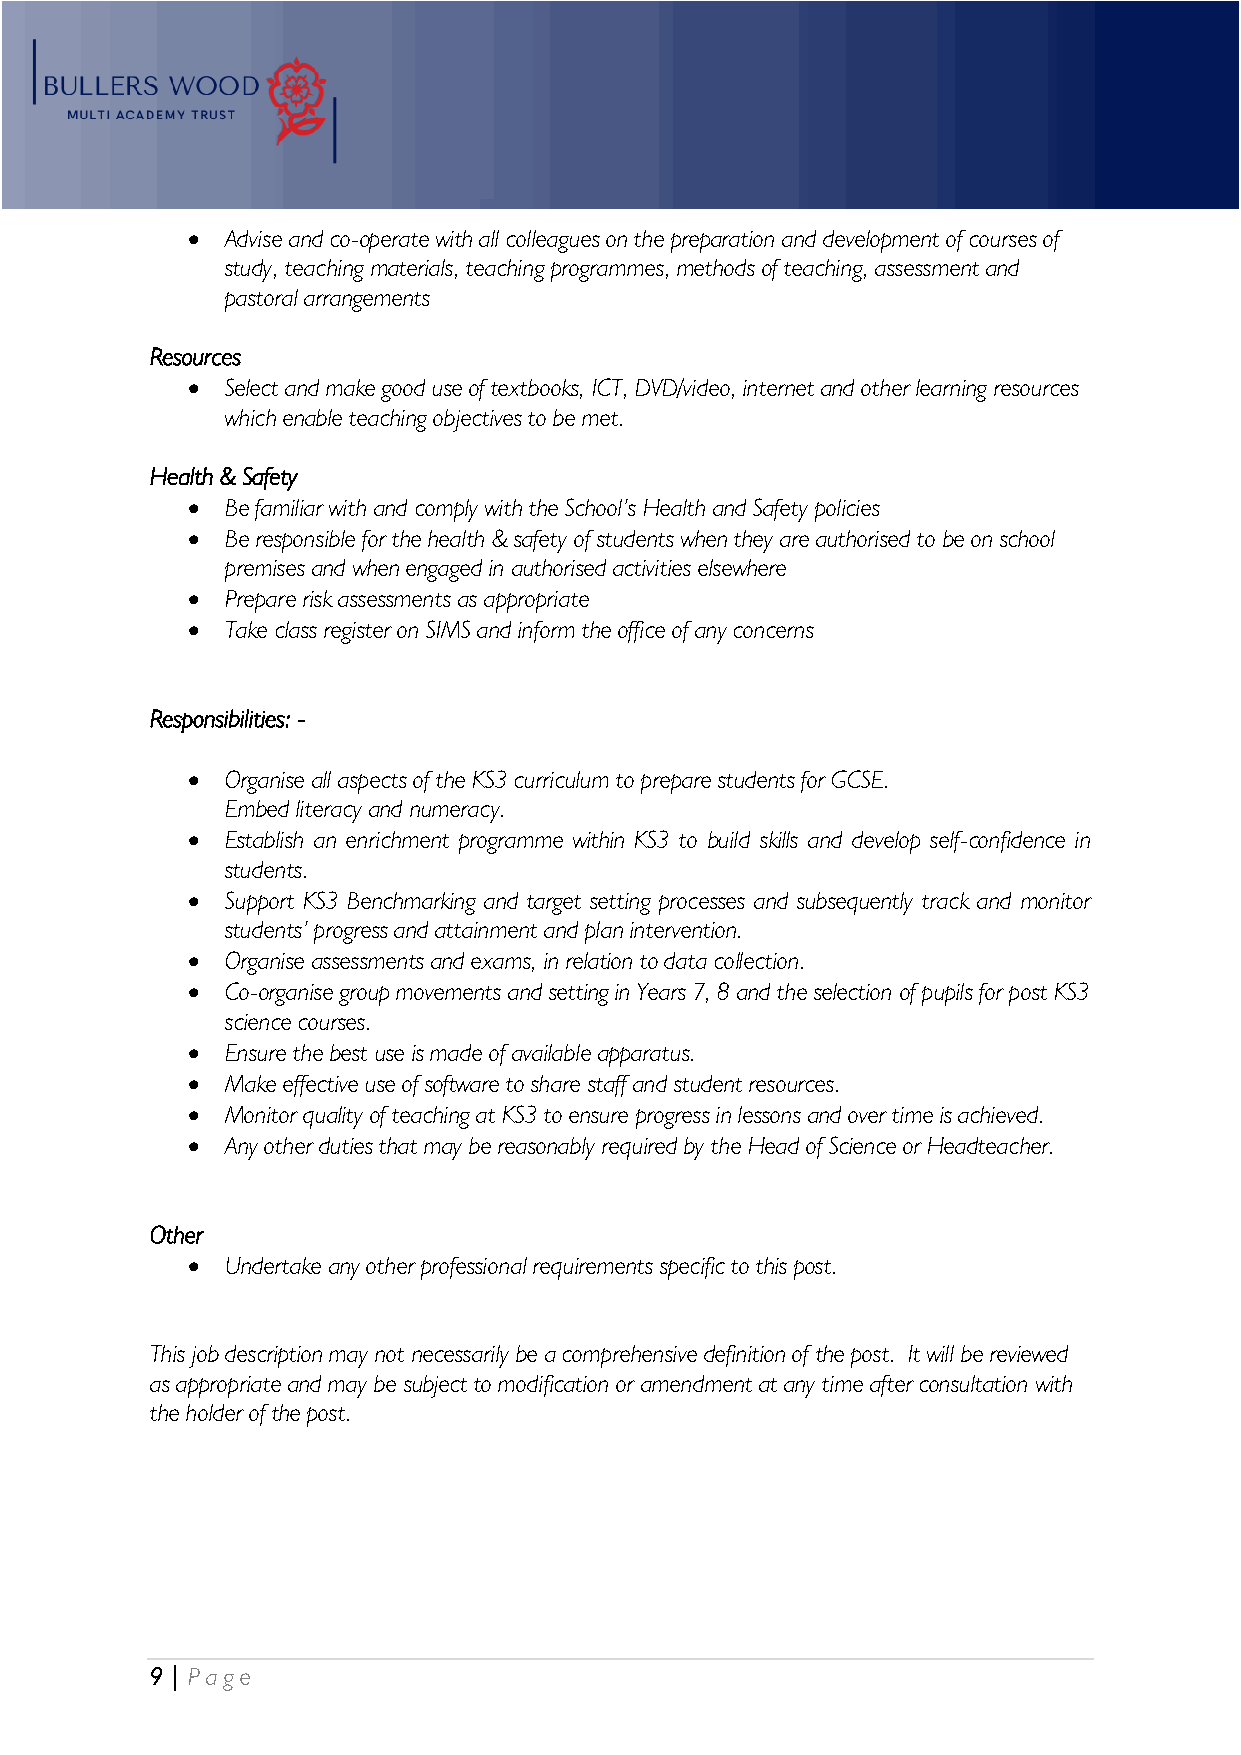
•  Advise and co-operate with all colleagues on the preparation and development of courses of
 study, teaching materials, teaching programmes, methods of teaching, assessment and
 pastoral arrangements
 Resources
 •  Select and make good use of textbooks, ICT, DVD/video, internet and other learning resources
 which enable teaching objectives to be met.
 Health & Safety
 •  Be familiar with and comply with the School’s Health and Safety policies
 •  Be responsible for the health & safety of students when they are authorised to be on school
 premises and when engaged in authorised activities elsewhere
 •  Prepare risk assessments as appropriate
 •  Take class register on SIMS and inform the office of any concerns
 Responsibilities: -
 •  Organise all aspects of the KS3 curriculum to prepare students for GCSE.
 Embed literacy and numeracy.
 •  Establish an enrichment programme within KS3 to build skills and develop self-confidence in
 students.
 •  Support KS3 Benchmarking and target setting processes and subsequently track and monitor
 students’ progress and attainment and plan intervention.
 •  Organise assessments and exams, in relation to data collection.
 •  Co-organise group movements and setting in Years 7, 8 and the selection of pupils for post KS3
 science courses.
 •  Ensure the best use is made of available apparatus.
 •  Make effective use of software to share staff and student resources.
 •  Monitor quality of teaching at KS3 to ensure progress in lessons and over time is achieved.
 •  Any other duties that may be reasonably required by the Head of Science or Headteacher.
 Other
 •  Undertake any other professional requirements specific to this post.
 This job description may not necessarily be a comprehensive definition of the post. It will be reviewed
 as appropriate and may be subject to modification or amendment at any time after consultation with
 the holder of the post.
 9 | P age